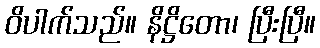
ဝိပါက်သည်။ နိဋ္ဌိတော၊ ပြီးပြီ။